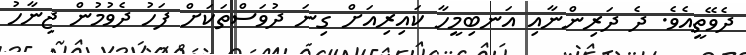
ދެވޭތީއެވެ. ދެ ދަރިންނާއި އަނބިމީހާ ކައިރިއަށް ގިނަ ދުވަސްތަކަށް ފަހު ދެވުމުން ޖިނާހު